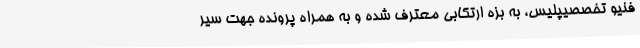
فنیو تخصصیپلیس، به بزه ارتکابی معترف شده و به همراه پرونده جهت سیر